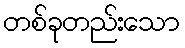
တစ်ခုတည်းသော